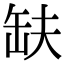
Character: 𮉱